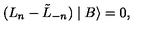
( L _ { n } - \tilde { L } _ { - n } ) \mid B \rangle = 0 ,